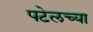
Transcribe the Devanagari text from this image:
पटेलच्या